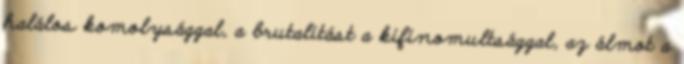
halálos komolysággal, a brutalitást a kifinomultsággal, az álmot a